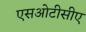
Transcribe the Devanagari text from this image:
एसओटीसीए